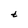
Character: t